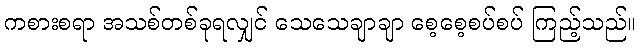
ကစားစရာ အသစ်တစ်ခုရလျှင် သေသေချာချာ စေ့စေ့စပ်စပ် ကြည့်သည်။